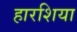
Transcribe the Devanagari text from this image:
हारशिया